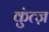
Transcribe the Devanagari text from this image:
कुंत्ज़